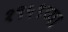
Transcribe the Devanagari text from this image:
१९५९च्या